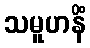
သမူဟနိံ